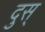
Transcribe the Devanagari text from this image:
दुस्